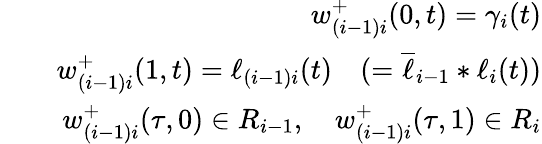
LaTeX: \begin{array}{rlr}&{}&{w_{(i-1)i}^{+}(0,t)=\gamma_{i}(t)}\\ &{}&{w_{(i-1)i}^{+}(1,t)=\ell_{(i-1)i}(t)\quad(=\overline{{\ell}}_{i-1}\ast\ell_{i}(t))}\\ &{}&{w_{(i-1)i}^{+}(\tau,0)\in R_{i-1},\quad w_{(i-1)i}^{+}(\tau,1)\in R_{i}}\end{array}